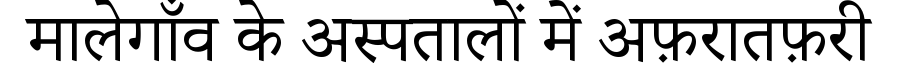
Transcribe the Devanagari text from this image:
मालेगाँव के अस्पतालों में अफ़रातफ़री